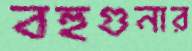
বহুগুনার